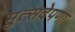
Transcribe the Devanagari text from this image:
मुत्सदेपणा